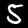
Label: 5